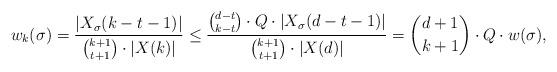
LaTeX: \begin{align*}w_k(\sigma) = \frac{|X_\sigma(k-t-1)|}{{k+1 \choose t+1}\cdot |X(k)|} \leq \frac{{d-t \choose k-t}\cdot Q\cdot |X_\sigma(d-t-1)|}{{k+1 \choose t+1}\cdot |X(d)|} = {d+1 \choose k+1}\cdot Q \cdot w(\sigma),\end{align*}